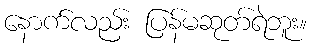
နောက်လည်း ပြန်မဆုတ်ရဲဘူး။